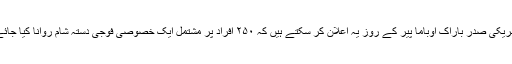
وال اسٹریٹ جرنل کی وب سایٹ کے مطابق امریکی حکام کا کہنا ہے کہ امریکی صدر باراک اوباما پیر کے روز یہ اعلان کر سکتے ہیں کہ ۲۵۰ افراد پر مشتمل ایک خصوصی فوجی دستہ شام روانا کیا جائے گا اور یہ دستہ شام میں پہلے سے موجود امریکی دستے کی مدد کرے گا۔